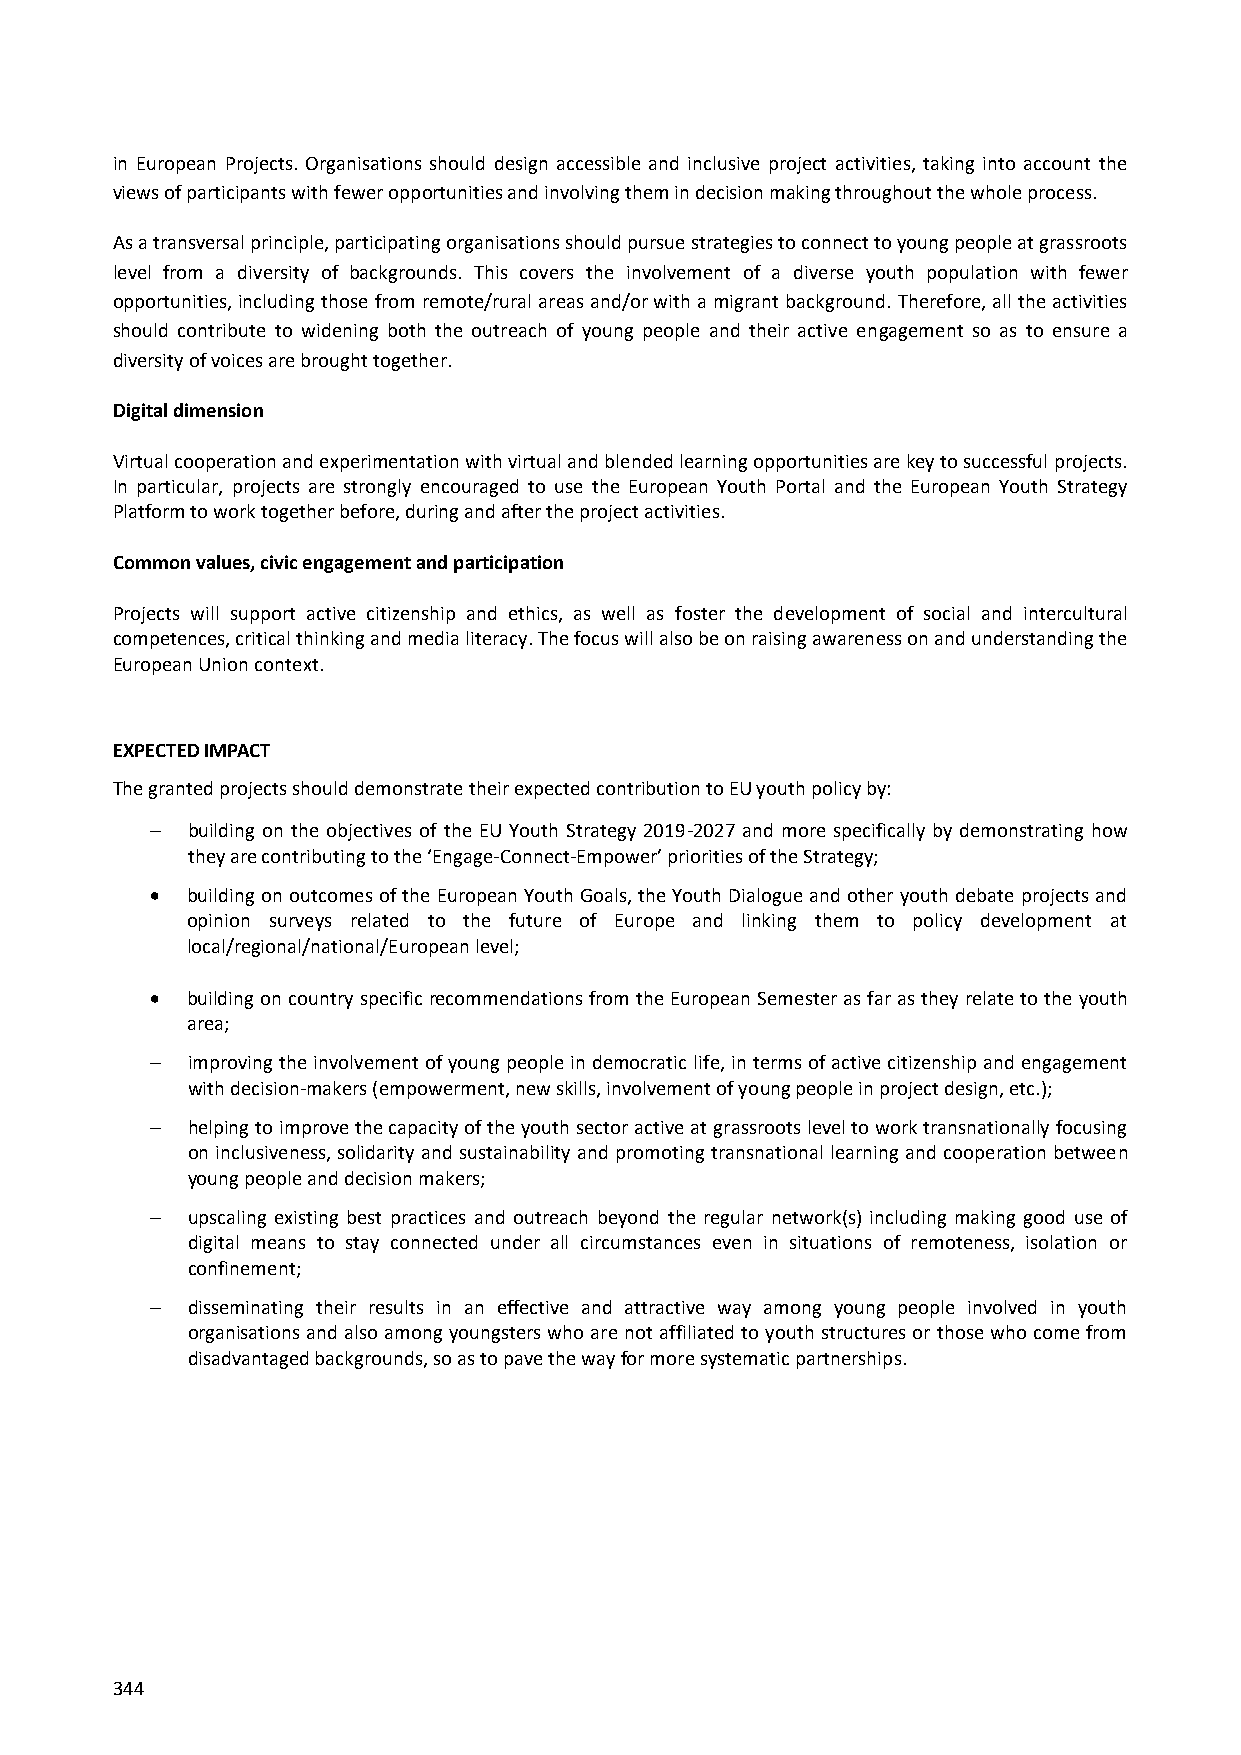
in European Projects. Organisations should design accessible and inclusive project activities, taking into account the
 views of participants with fewer opportunities and involving them in decision making throughout the whole process.
 As a transversal principle, participating organisations should pursue strategies to connect to young people at grassroots
 level from a diversity of backgrounds. This covers the involvement of a diverse youth population with fewer
 opportunities, including those from remote/rural areas and/or with a migrant background. Therefore, all the activities
 should contribute to widening both the outreach of young people and their active engagement so as to ensure a
 diversity of voices are brought together.
 Digital dimension
 Virtual cooperation and experimentation with virtual and blended learning opportunities are key to successful projects.
 In particular, projects are strongly encouraged to use the European Youth Portal and the European Youth Strategy
 Platform to work together before, during and after the project activities.
 Common values, civic engagement and participation
 Projects will support active citizenship and ethics, as well as foster the development of social and intercultural
 competences, critical thinking and media literacy. The focus will also be on raising awareness on and understanding the
 European Union context.
 EXPECTED IMPACT
 The granted projects should demonstrate their expected contribution to EU youth policy by:
  building on the objectives of the EU Youth Strategy 2019-2027 and more specifically by demonstrating how
 they are contributing to the ‘Engage-Connect-Empower’ priorities of the Strategy;
  building on outcomes of the European Youth Goals, the Youth Dialogue and other youth debate projects and
 opinion surveys related to the future of Europe and linking them to policy development at
 local/regional/national/European level;
  building on country specific recommendations from the European Semester as far as they relate to the youth
 area;
  improving the involvement of young people in democratic life, in terms of active citizenship and engagement
 with decision-makers (empowerment, new skills, involvement of young people in project design, etc.);
  helping to improve the capacity of the youth sector active at grassroots level to work transnationally focusing
 on inclusiveness, solidarity and sustainability and promoting transnational learning and cooperation between
 young people and decision makers;
  upscaling existing best practices and outreach beyond the regular network(s) including making good use of
 digital means to stay connected under all circumstances even in situations of remoteness, isolation or
 confinement;
  disseminating their results in an effective and attractive way among young people involved in youth
 organisations and also among youngsters who are not affiliated to youth structures or those who come from
 disadvantaged backgrounds, so as to pave the way for more systematic partnerships.
 344